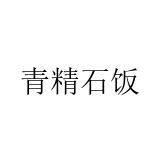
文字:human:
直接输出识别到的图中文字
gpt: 青精石饭